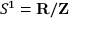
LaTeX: S ^ { 1 } = \mathbf { R } / \mathbf { Z }